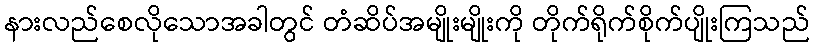
နားလည်စေလိုသောအခါတွင် တံဆိပ်အမျိုးမျိုးကို တိုက်ရိုက်စိုက်ပျိုးကြသည်